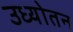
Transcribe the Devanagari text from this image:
उध्योतन